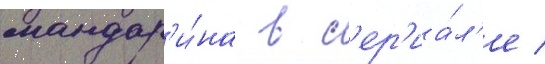
мандар'и́на в с'ер'иа́л'е /